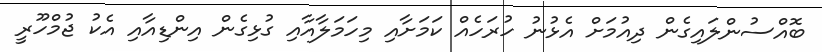
ބޮއްސުންލައިގެން ދިއުމަށް އެޅުނު ހުރަހެއް ކަމަށާއި މިހަމަލާއާއި ގުޅިގެން އިންޑިއާއި އެކު ޖުމްހޫރީ